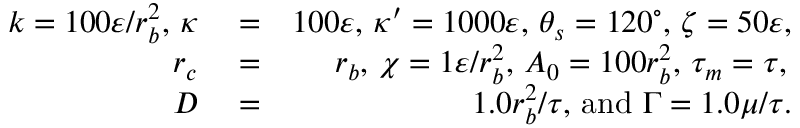
\begin{array} { r l r } { k = 1 0 0 \varepsilon / r _ { b } ^ { 2 } , \, \kappa } & { { } = } & { 1 0 0 \varepsilon , \, \kappa ^ { \prime } = 1 0 0 0 \varepsilon , \, \theta _ { s } = 1 2 0 ^ { \circ } , \, \zeta = 5 0 \varepsilon , } \\ { r _ { c } } & { { } = } & { r _ { b } , \, \chi = 1 \varepsilon / r _ { b } ^ { 2 } , \, A _ { 0 } = 1 0 0 r _ { b } ^ { 2 } , \, \tau _ { m } = \tau , \, } \\ { D } & { { } = } & { 1 . 0 r _ { b } ^ { 2 } / \tau , \, \mathrm { a n d } \, \, \Gamma = 1 . 0 { \mu } / \tau . } \end{array}